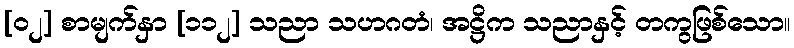
[၀၂] စာမျက်နှာ [၁၁၂] သညာ သဟဂတံ၊ အဋ္ဌိက သညာနှင့် တကွဖြစ်သော။